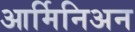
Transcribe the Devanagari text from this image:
आर्मिनिअन